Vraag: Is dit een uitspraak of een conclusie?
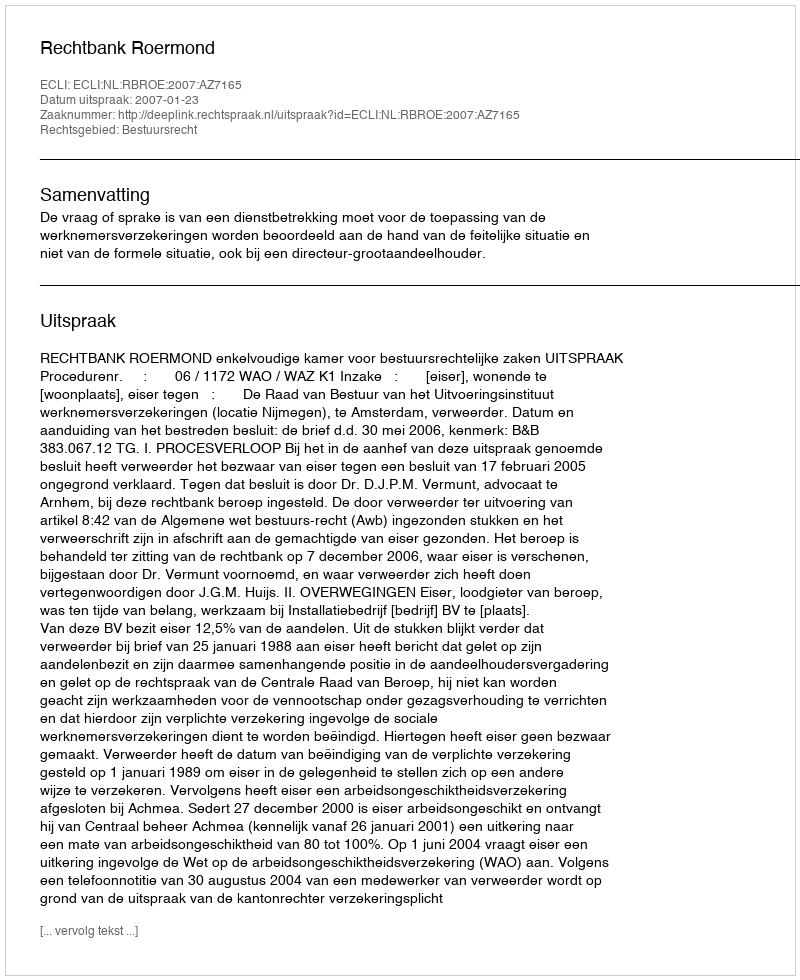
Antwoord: Uitspraak